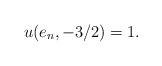
LaTeX: \begin{align*}u(e_n,- 3/2) = 1.\end{align*}